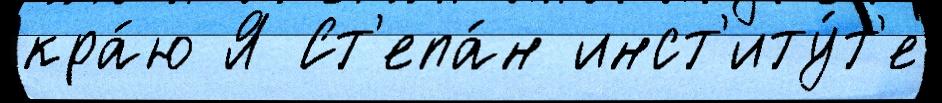
кра́ю Я Ст'епа́н инст'иту́т'е